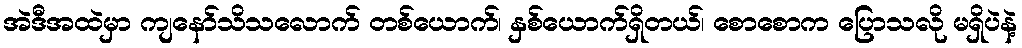
အဲဒီအထဲမှာ ကျနော်သိသလောက် တစ်ယောက်၊ နှစ်ယောက်ရှိတယ်၊ စောစောက ပြောသလို မရှိပဲနဲ့